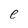
Character: e